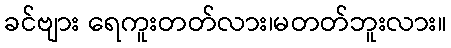
ခင်ဗျား ရေကူးတတ်လား၊မတတ်ဘူးလား။